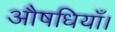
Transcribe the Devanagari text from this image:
औषधियाँ।